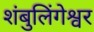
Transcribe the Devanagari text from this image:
शंबुलिंगेश्वर